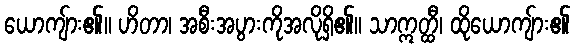
ယောကျ်ား၏။ ဟိတာ၊ အစီးအပွားကိုအလိုရှိ၏။ သာဣတ္ထီ၊ ထိုယောကျ်ား၏